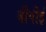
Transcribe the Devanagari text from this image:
बीपीई